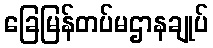
ခြေမြန်တပ်မဌာနချုပ်